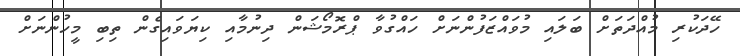
ހޭދަކުރި މުއްދަތަށް ބަލައި މުވައްޒަފުންނަށް ހައްގުވާ ޕްރޮމޯޝަން ދިނުމާއި ކިޔަވައިގެން ތިބި މީހުންނަށް